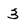
Character: 3